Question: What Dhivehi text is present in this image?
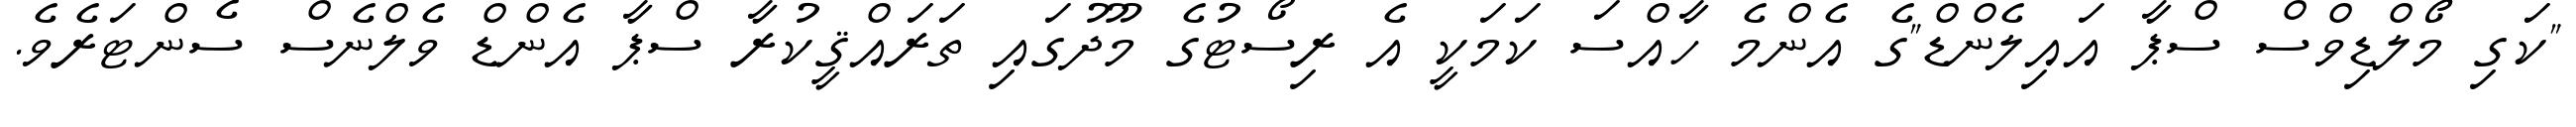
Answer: "ކަގި މޯލްޑިވްސް ސްޕާ އައިލެންޑް"ގެ އެންމެ ހާއްސަ ކަމަކީ އެ ރިސޯޓުގެ މޫދުގައި ތަރައްޤީކުރާ ސްޕާ އެންޑް ވެލްނެސް ސެންޓަރެވެ.